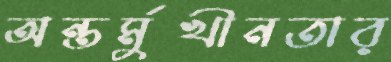
অন্তর্মুখীনতার